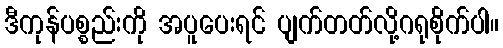
ဒီကုန်ပစ္စည်းကို အပူပေးရင် ပျက်တတ်လို့ဂရုစိုက်ပါ။